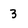
Character: 3